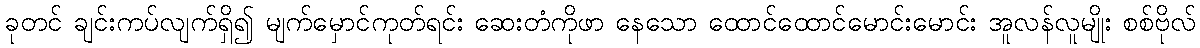
ခုတင် ချင်းကပ်လျက်ရှိ၍ မျက်မှောင်ကုတ်ရင်း ဆေးတံကိုဖာ နေသော ထောင်ထောင်မောင်းမောင်း အူလန်လူမျိုး စစ်ဗိုလ်